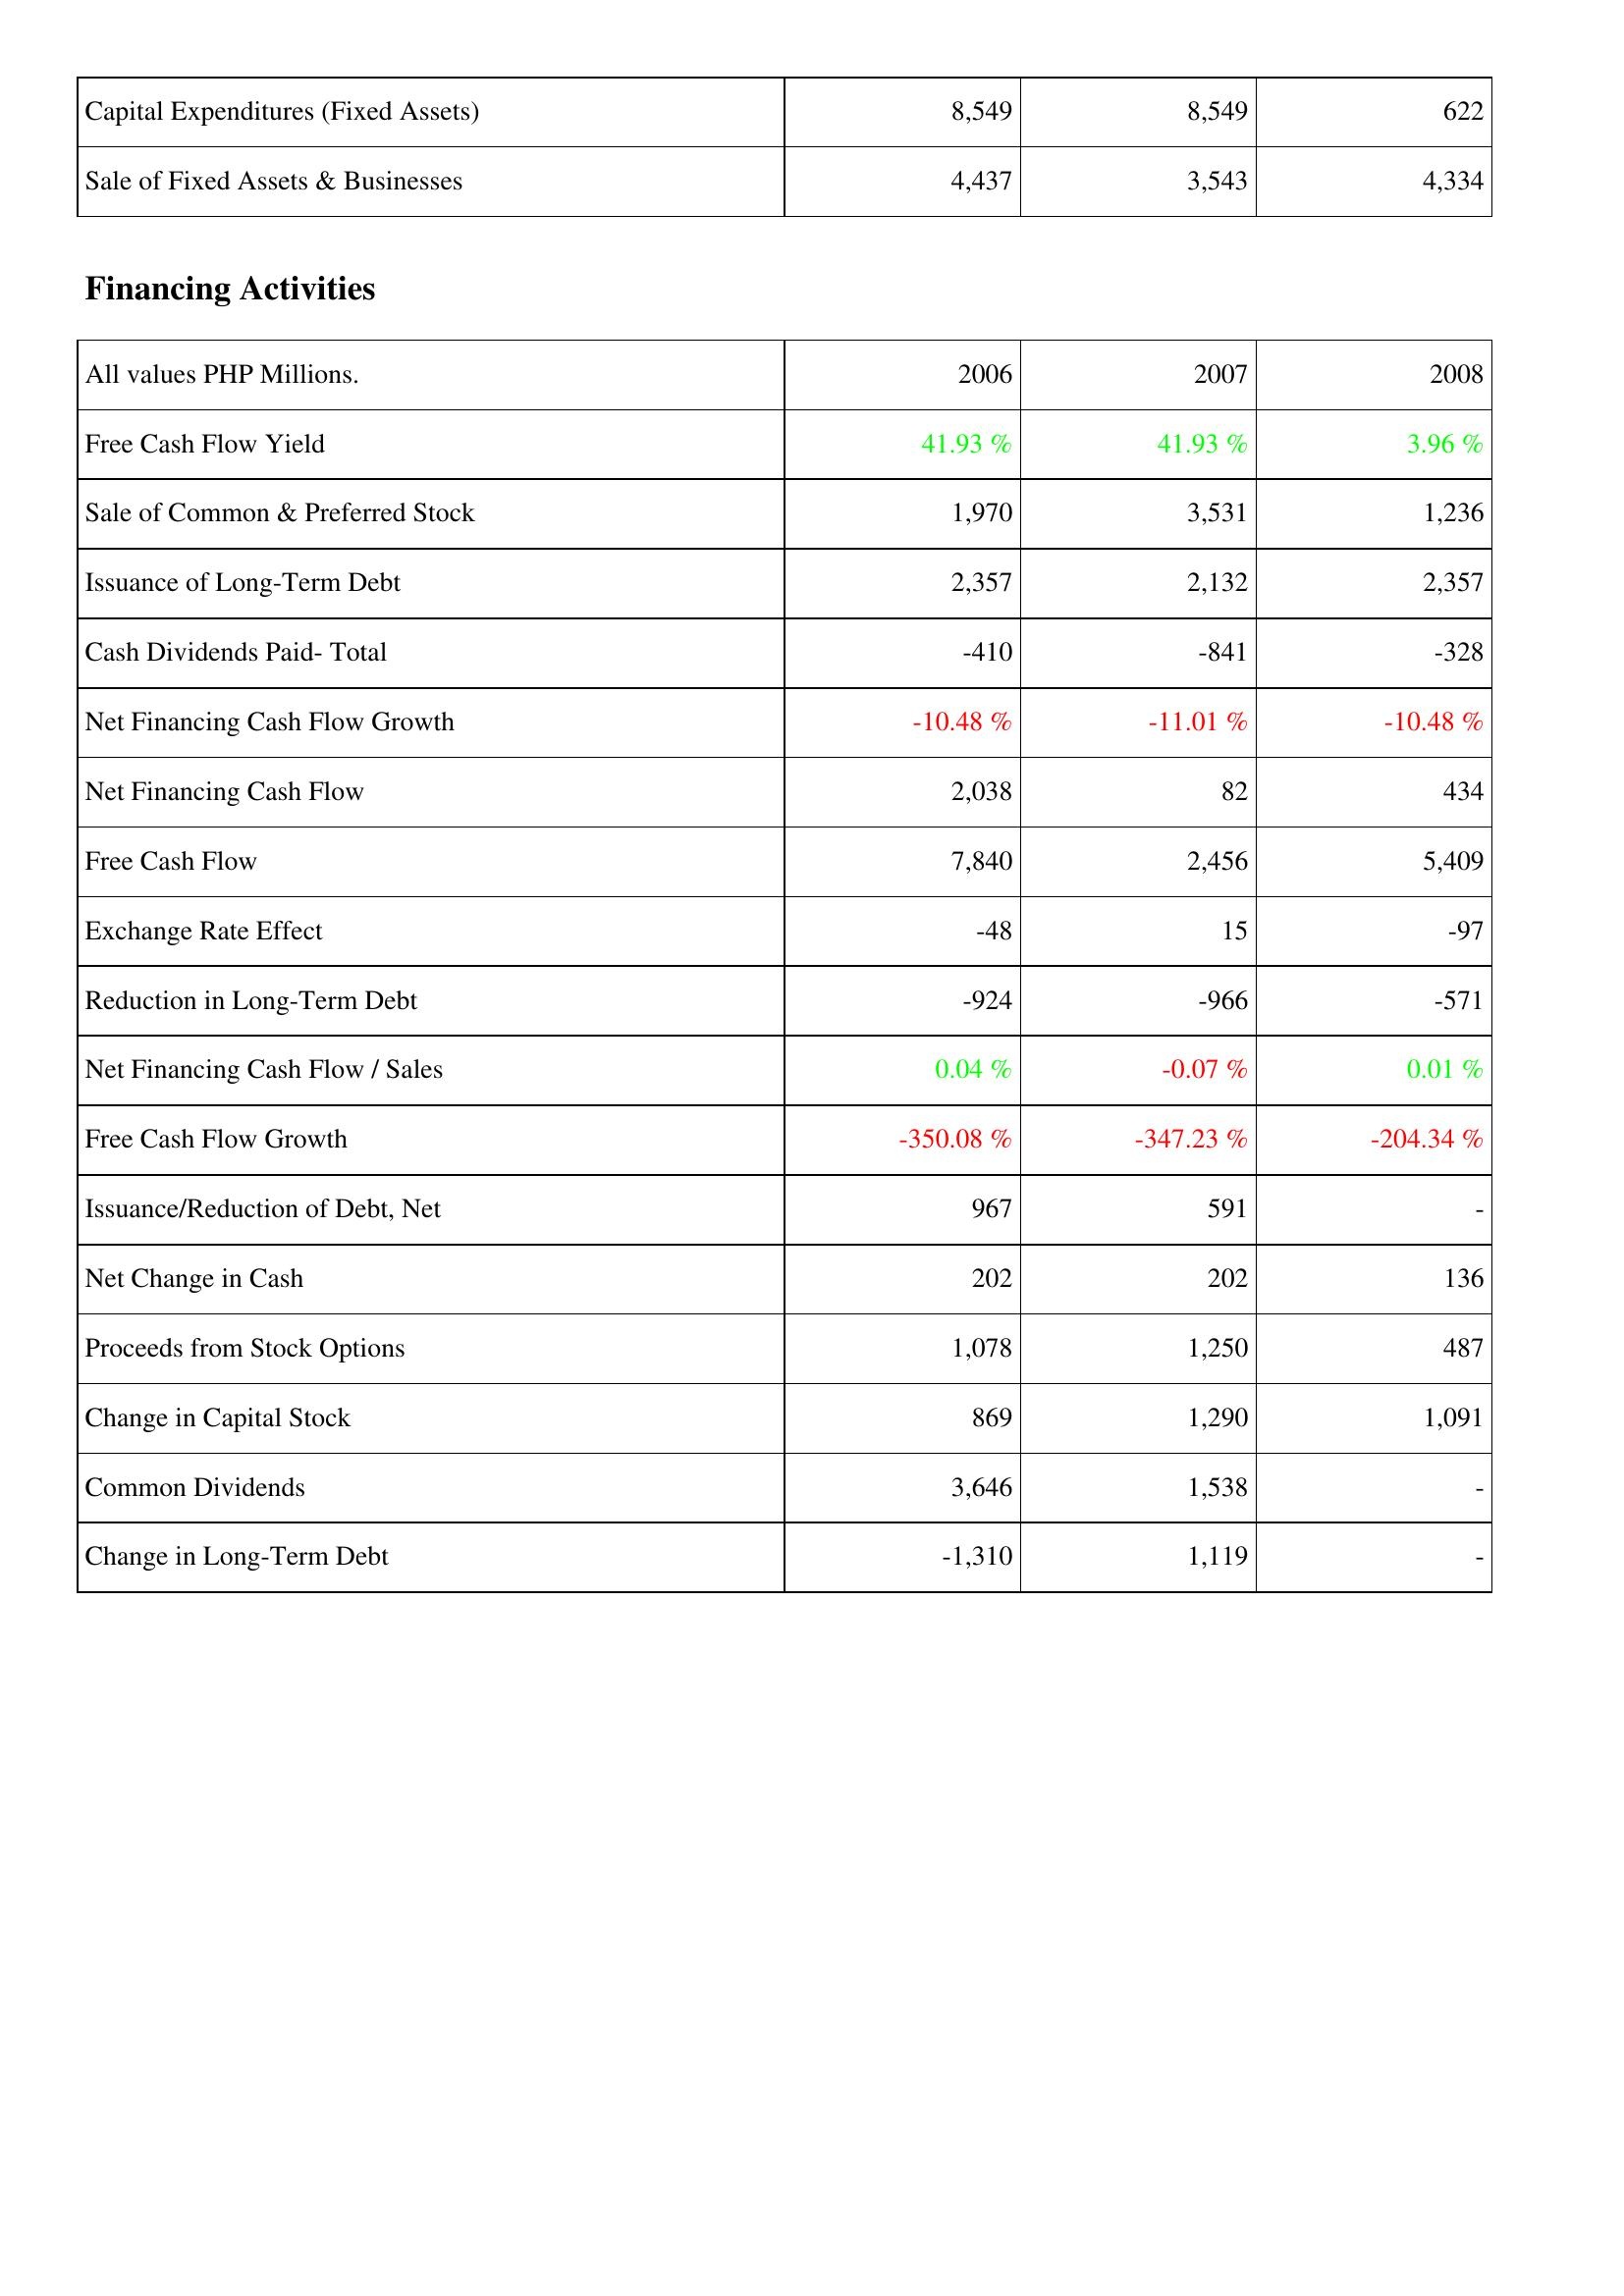
2006: Investing Activities: Capital Expenditures (Fixed Assets): 8,549
Sale of Fixed Assets & Businesses: 4,437
Financing Activities: Free Cash Flow Yield: 41.93 %
Sale of Common & Preferred Stock: 1,970
Issuance of Long-Term Debt: 2,357
Cash Dividends Paid- Total: -410
Net Financing Cash Flow Growth: -10.48 %
Net Financing Cash Flow: 2,038
Free Cash Flow: 7,840
Exchange Rate Effect: -48
Reduction in Long-Term Debt: -924
Net Financing Cash Flow / Sales: 0.04 %
Free Cash Flow Growth: -350.08 %
Issuance/Reduction of Debt, Net: 967
Net Change in Cash: 202
Proceeds from Stock Options: 1,078
Change in Capital Stock: 869
Common Dividends: 3,646
Change in Long-Term Debt: -1,310
2007: Investing Activities: Capital Expenditures (Fixed Assets): 8,549
Sale of Fixed Assets & Businesses: 3,543
Financing Activities: Free Cash Flow Yield: 41.93 %
Sale of Common & Preferred Stock: 3,531
Issuance of Long-Term Debt: 2,132
Cash Dividends Paid- Total: -841
Net Financing Cash Flow Growth: -11.01 %
Net Financing Cash Flow: 82
Free Cash Flow: 2,456
Exchange Rate Effect: 15
Reduction in Long-Term Debt: -966
Net Financing Cash Flow / Sales: -0.07 %
Free Cash Flow Growth: -347.23 %
Issuance/Reduction of Debt, Net: 591
Net Change in Cash: 202
Proceeds from Stock Options: 1,250
Change in Capital Stock: 1,290
Common Dividends: 1,538
Change in Long-Term Debt: 1,119
2008: Investing Activities: Capital Expenditures (Fixed Assets): 622
Sale of Fixed Assets & Businesses: 4,334
Financing Activities: Free Cash Flow Yield: 3.96 %
Sale of Common & Preferred Stock: 1,236
Issuance of Long-Term Debt: 2,357
Cash Dividends Paid- Total: -328
Net Financing Cash Flow Growth: -10.48 %
Net Financing Cash Flow: 434
Free Cash Flow: 5,409
Exchange Rate Effect: -97
Reduction in Long-Term Debt: -571
Net Financing Cash Flow / Sales: 0.01 %
Free Cash Flow Growth: -204.34 %
Issuance/Reduction of Debt, Net: -
Net Change in Cash: 136
Proceeds from Stock Options: 487
Change in Capital Stock: 1,091
Common Dividends: -
Change in Long-Term Debt: -